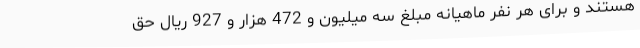
هستند و برای هر نفر ماهیانه مبلغ سه میلیون و 472 هزار و 927 ریال حق